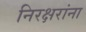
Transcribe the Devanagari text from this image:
निरक्षरांना